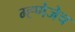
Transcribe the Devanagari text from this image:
म्ह्णेजेच